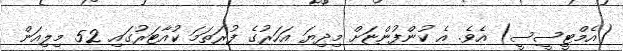
(އެމްޓީސީސީ) އެވެ. އެ ކުންފުންޏަށް މިދިޔަ އަހަރުގެ ފުރަތަމަ ކުއާޓަރުގައި 52 މިލިއަން